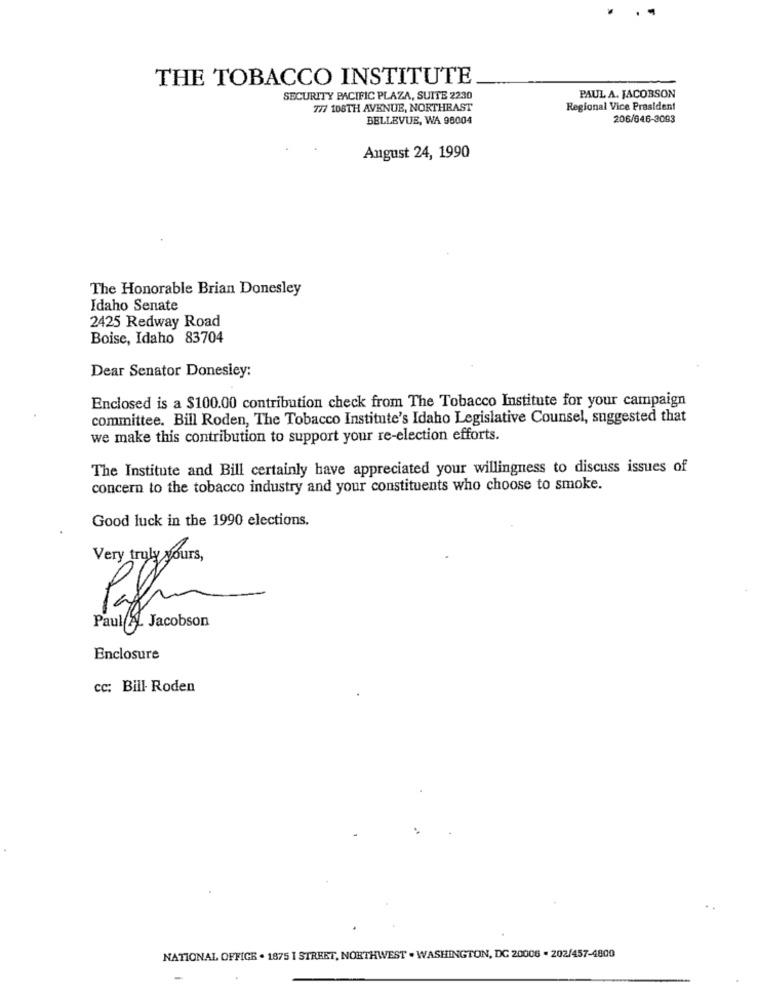
THE TOBACCO INSTITUTE
SECURITY PACIFIC PLAZA, SUITE 2230
PAUL A. JACOBSON
777 108TH AVENUE, NORTHEAST
Regional Vice President
BELLEVUE, WA 98004
206/646-3093
August 24, 1990
The Honorable Brian Donesley
Idaho Senate
2425 Redway Road
Boise, Idaho 83704
Dear Senator Donesley:
Enclosed is a $100.00 contribution check from The Tobacco Institute for your campaign
committee. Bill Roden, The Tobacco Institute's Idaho Legislative Counsel, suggested that
we make this contribution to support your re-election efforts.
The Institute and Bill certainly have appreciated your willingness to discuss issues of
concern to the tobacco industry and your constituents who choose to smoke.
Good luck in the 1990 elections.
Very truly yours,
Paul AL Jacobson
Enclosure
cc: Bill- Roden
NATIONAL OFFICE . 1875 I STREET, NORTHWEST . WASHINGTON, DC 20006 - 202/457-4800